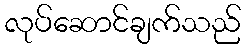
လုပ်ဆောင်ချက်သည်